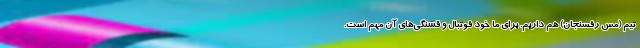
تیم (مس رفسنجان) هم داریم. برای ما خود فوتبال و قشنگی‌های آن مهم است.